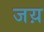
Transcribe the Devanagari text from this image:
जय़